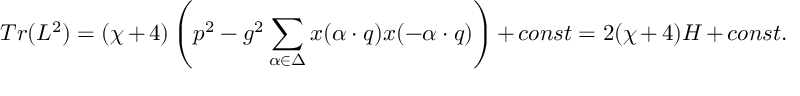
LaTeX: T r ( L ^ { 2 } ) = ( \chi + 4 ) \left( p ^ { 2 } - g ^ { 2 } \sum _ { \alpha \in \Delta } x ( \alpha \cdot q ) x ( - \alpha \cdot q ) \right) + c o n s t = 2 ( \chi + 4 ) { \cal H } + c o n s t .